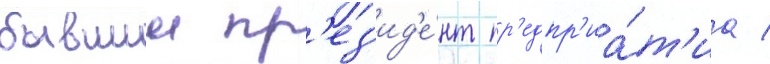
бывшии пр'ез'ид'е́нт пр'едпр'иа́т'иа /